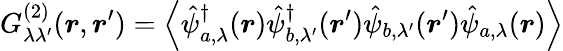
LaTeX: G_{\lambda\lambda^{\prime}}^{(2)}(\boldsymbol{r},\boldsymbol{r}^{\prime})=\left\langle\hat{\psi}_{a,\lambda}^{\dagger}(\boldsymbol{r})\hat{\psi}_{b,\lambda^{\prime}}^{\dagger}(\boldsymbol{r}^{\prime})\hat{\psi}_{b,\lambda^{\prime}}(\boldsymbol{r}^{\prime})\hat{\psi}_{a,\lambda}(\boldsymbol{r})\right\rangle